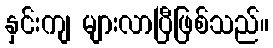
နှင်းကျ များလာပြီဖြစ်သည်။